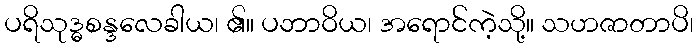
ပရိသုဒ္ဓစန္ဒလေခါယ၊ ၏။ ပဘာဝိယ၊ အရောင်ကဲ့သို့။ သဟဇာတာပိ၊